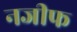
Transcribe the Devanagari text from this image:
नजीफ